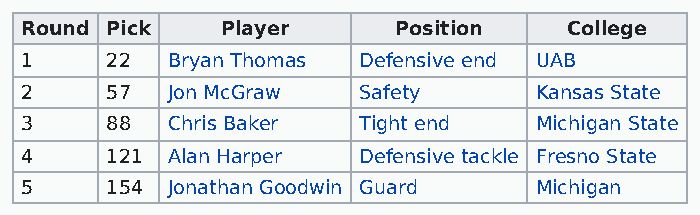
Round Pick    Player     Position    College
 1     22  Bryan Thomas Defensive end UAB
 2     57  Jon McGraw   Safety     Kansas State
 3     88  Chris Baker  Tight end  Michigan State
 4     121 Alan Harper  Defensive tackle Fresno State
 5     154 Jonathan Goodwin Guard  Michigan